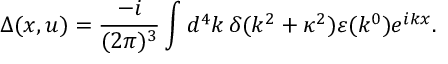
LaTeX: \Delta ( x , u ) = \frac { - i } { ( 2 \pi ) ^ { 3 } } \int d ^ { 4 } k \, \delta ( k ^ { 2 } + \kappa ^ { 2 } ) \varepsilon ( k ^ { 0 } ) e ^ { i k x } .